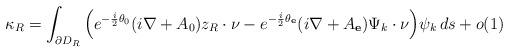
LaTeX: \begin{align*} \kappa_R=\int_{\partial D_R}\Big(e^{-\frac i2 \theta_0} (i\nabla+A_0)z_R\cdot\nu -e^{-\frac i2 \theta_{\mathbf e}} (i\nabla+A_{\mathbf e})\Psi_k\cdot\nu \Big) \psi_k\,ds+o(1)\end{align*}